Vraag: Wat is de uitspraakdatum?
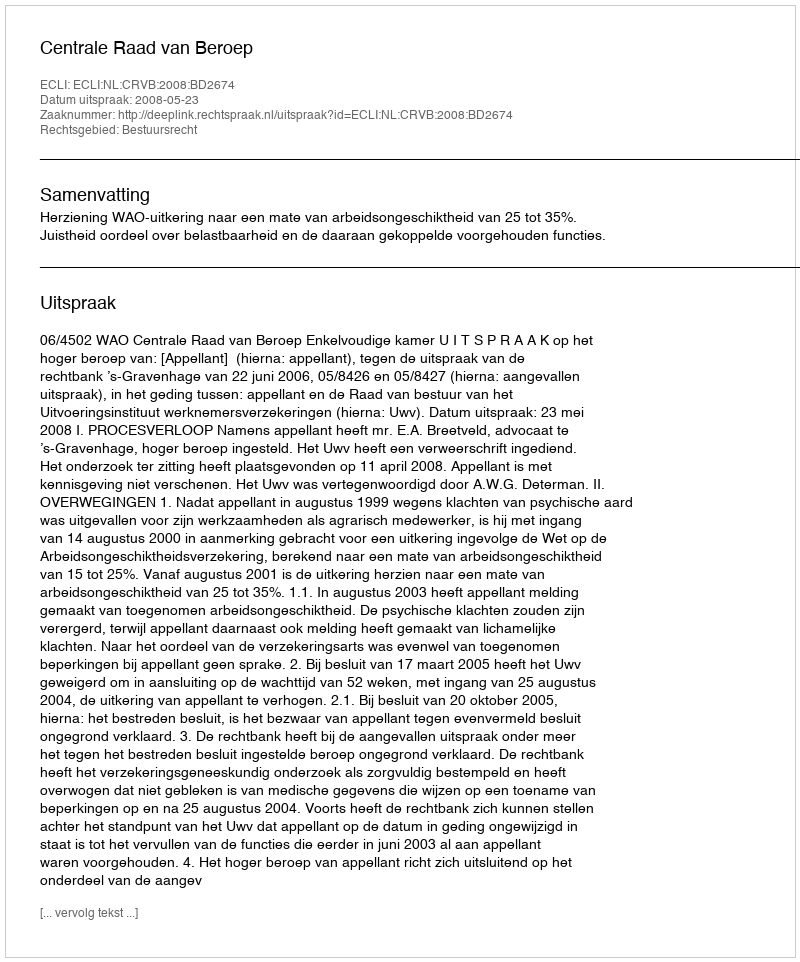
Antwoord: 2008-05-23